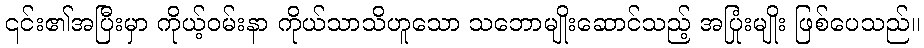
၎င်း၏အပြီးမှာ ကိုယ့်ဝမ်းနာ ကိုယ်သာသိဟူသော သဘောမျိုးဆောင်သည့် အပြုံးမျိုး ဖြစ်ပေသည်။